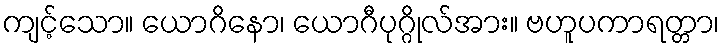
ကျင့်သော။ ယောဂိနော၊ ယောဂီပုဂ္ဂိုလ်အား။ ဗဟူပကာရတ္တာ၊